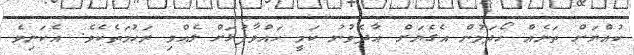
ކުއްޔަށް ތަނެއް ހޯދަމުން އެގެޔަށް އާދެވުނު ކަމީ ހައްވާފުޅަށް ލެއްވި ރަޙުމަތެކެވެ. އެކަނިވެ